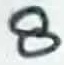
Text: 8